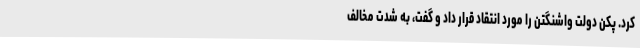
کرد. پکن دولت واشنگتن را مورد انتقاد قرار داد و گفت، به شدت مخالف